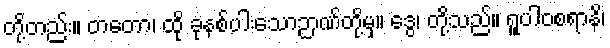
တို့တည်း။ တတော၊ ထို ခုနစ်ပါးသောဉာဏ်တို့မှ။ ဒွေ၊ တို့သည်။ ရူပါဝစရာနိ၊